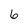
Character: 6